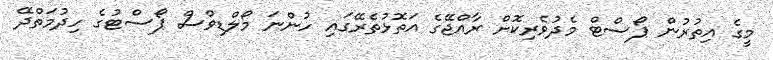
މީގެ އިތުރުން ޕޯސްޓް މެދުވެރިކޮށް ރާއްޖޭގެ އަތޮޅުތެރޭގައި ހުންނަ މޯލްޑިވްސް ޕޯސްޓުގެ ހިދުމަތްދޭ